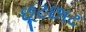
છૂટછાટ